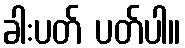
ခါးပတ် ပတ်ပါ။